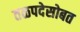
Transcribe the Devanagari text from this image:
तळपदेसोबत